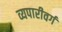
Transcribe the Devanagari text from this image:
व्यपारीवर्ग